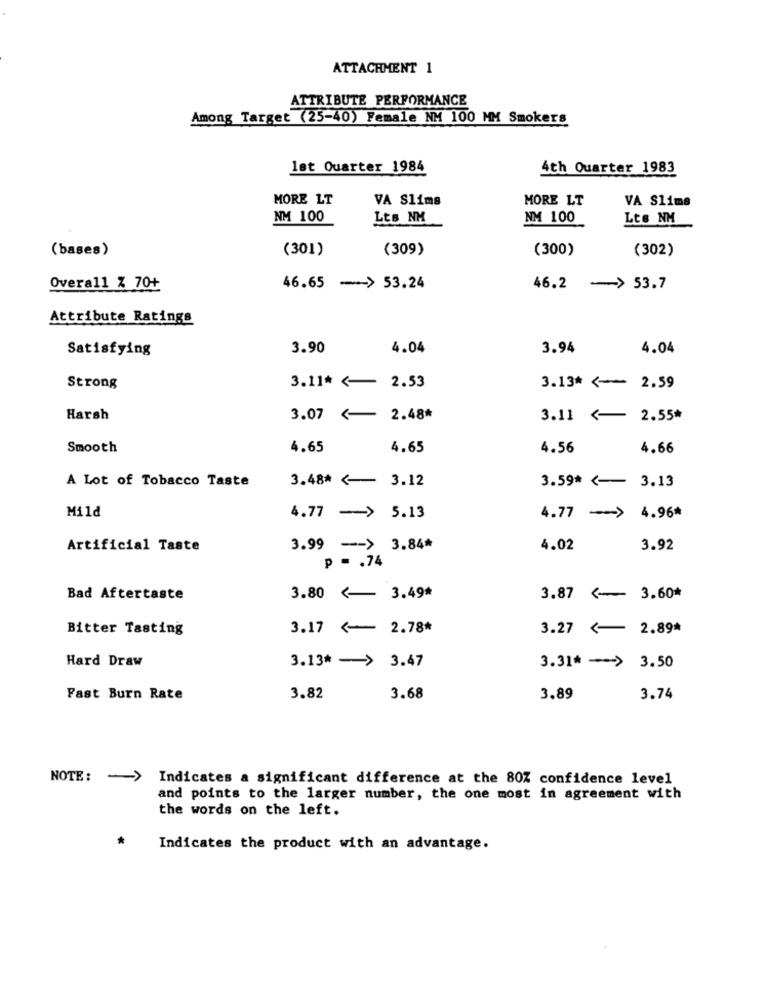
ATTACHMENT 1
ATTRIBUTE PERFORMANCE
Among Target (25-40) Female NM 100 MM Smokers
let Quarter 1984
4th Quarter 1983
MORE LT
VA Slims
MORE LT
VA Slims
NM 100
LES NM
NM 100
Lts NM
(bases)
(301)
(309)
(300)
(302)
Overall Z 70+
46.65 -> 53.24
46.2 -> 53.7
Attribute Ratings
Satisfying
3.90
4.04
3.94
4.04
Strong
3.11* <-
2.53
3.13 ~~ 2.59
Harsh
3.07 <-
2.48*
3.11 <- 2.55*
Smooth
4.65
4.65
4.56
4.66
A Lot of Tobacco Taste
3.48* <- 3.12
3.59* <-- 3.13
Mild
4.77 -> 5.13
4.77 -> 4.96#
Artificial Taste
3.99 -- > 3.84*
4.02
3.92
p = . 74
Bad Aftertaste
3.80 <- 3.49*
3.87 <- 3.60*
Bitter Tasting
3.17 <- 2.78*
3.27 <-
2.89*
Hard Draw
3.13* - > 3.47
3.31* -- > 3.50
Fast Burn Rate
3.82
3.68
3.89
3.74
NOTE: - >
Indicates a significant difference at the 80% confidence level
and points to the larger number, the one most in agreement with
the words on the left.
Indicates the product with an advantage.